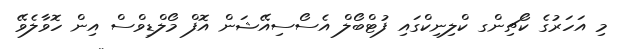
މި އަހަރުގެ ކޯޗިންގ ކްލިނިކްގައި ފުޓްބޯލް އެސޯސިއޭޝަން އޮފް މޯލްޑިވްސް އިން ހޮވާލެވޭ